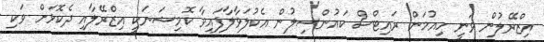
އިޒްރޭލުން ވަނީ ހިއުމަން ރައިޓްސް ކައުންސިލުން އެކުލަވާލާފައިވާ ކޮމިޝަނަކީ އިޒްރޭލާއި ދެކޮޅަށް ވަކި